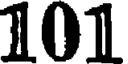
101